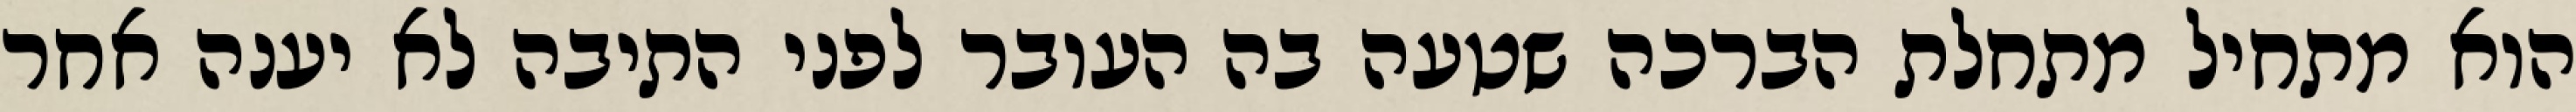
הוא מתחיל מתחלת הברכה שטעה בה העובר לפני התיבה לא יענה אחר